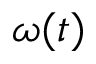
\omega ( t )